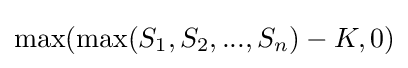
\max(\max(S_{1},S_{2},...,S_{n})-K,0)